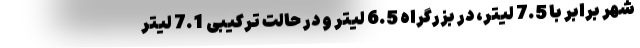
شهر برابر با 7.5 لیتر، در بزرگراه 6.5 لیتر و در حالت ترکیبی 7.1 لیتر